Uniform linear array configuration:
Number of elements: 48
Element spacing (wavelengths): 0.75
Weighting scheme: hamming
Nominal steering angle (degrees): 30
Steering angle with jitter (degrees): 28.925
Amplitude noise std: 0.05
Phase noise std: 0.05

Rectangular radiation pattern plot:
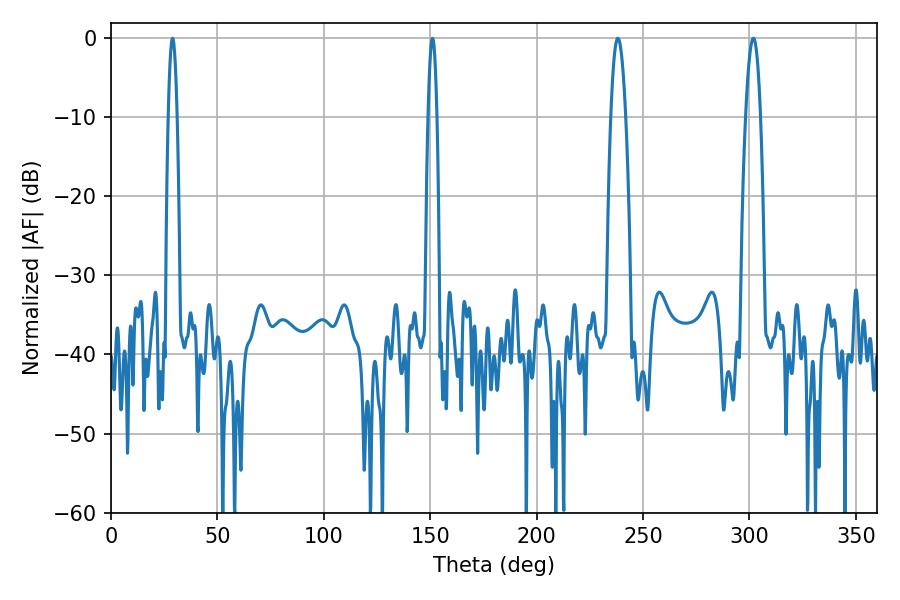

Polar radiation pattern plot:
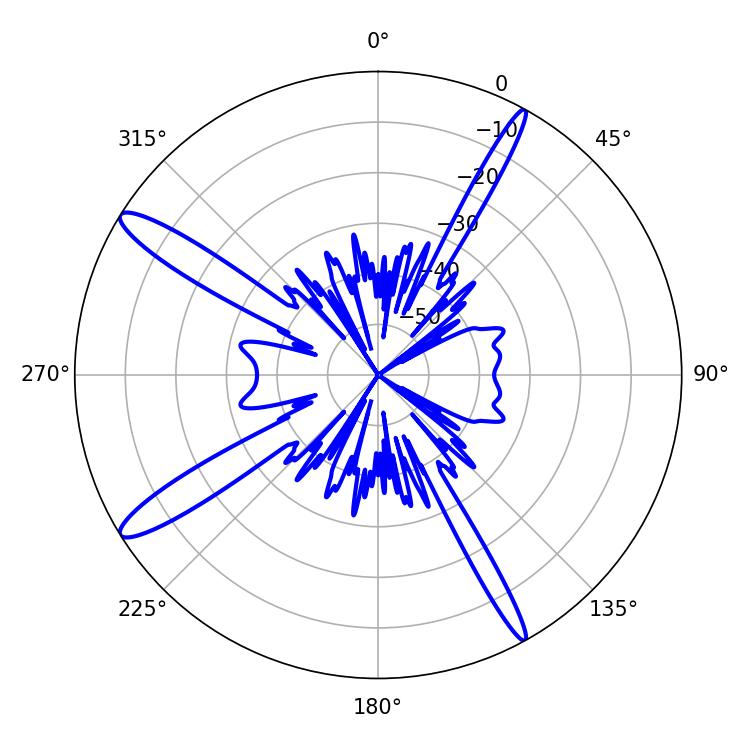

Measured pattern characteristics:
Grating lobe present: TRUE
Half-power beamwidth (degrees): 3.78
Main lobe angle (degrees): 238.14